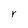
Character: r